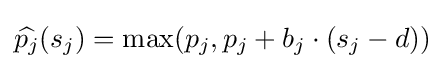
{\widehat {p_{j}}}(s_{j})=\max(p_{j},p_{j}+b_{j}\cdot (s_{j}-d))